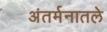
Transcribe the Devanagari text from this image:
अंतर्मनातले